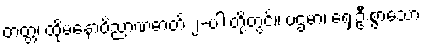
တတ္တ၊ ထိုမနောဝိညာဏဓာတ် ၂-ပါးတို့တွင်။ ပဌမာ၊ ရှေးဦးစွာသော